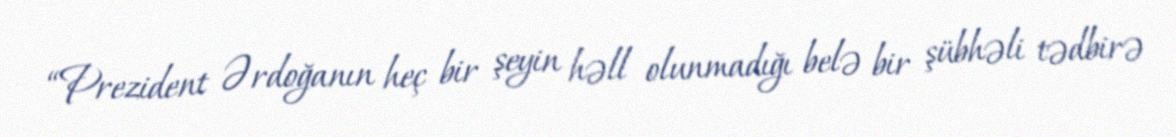
“Prezident Ərdoğanın heç bir şeyin həll olunmadığı belə bir şübhəli tədbirə